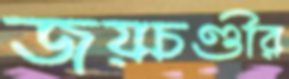
জয়চণ্ডীর